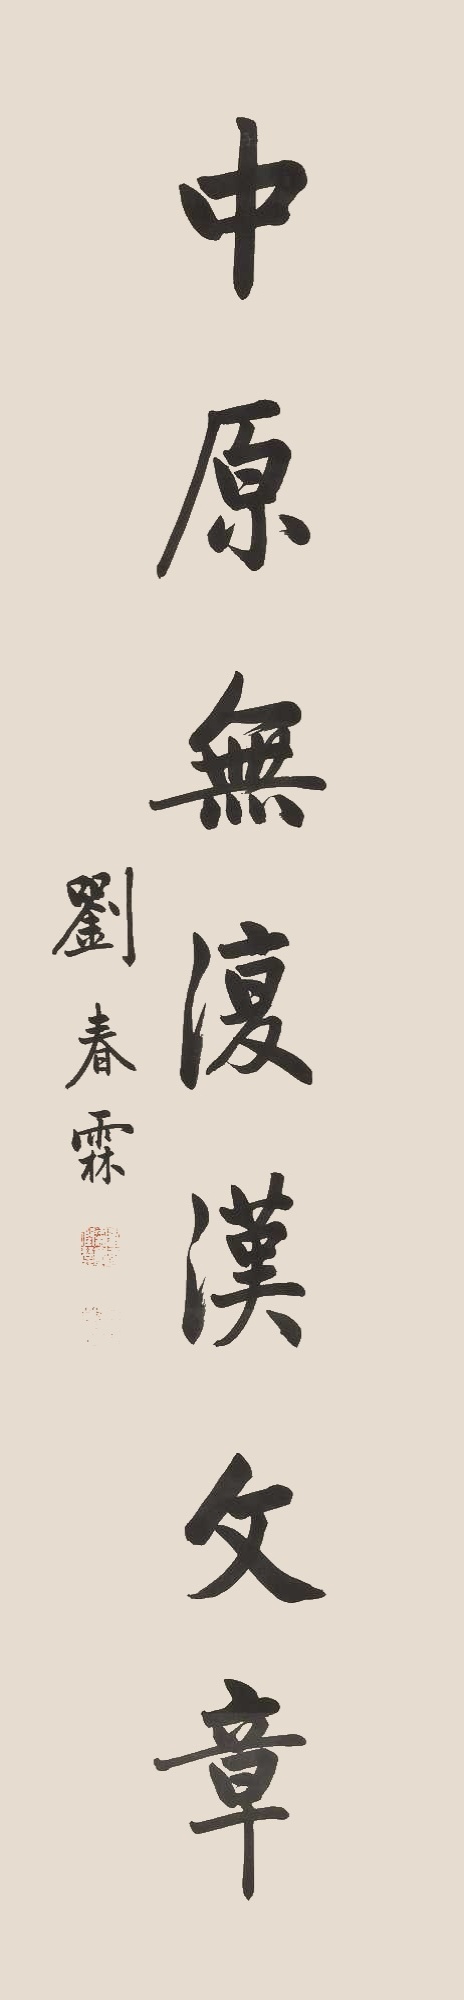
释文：文物商店旧藏。刘春霖。